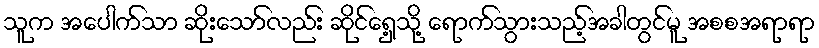
သူက အပေါက်သာ ဆိုးသော်လည်း ဆိုင်ရှေ့သို့ ရောက်သွားသည့်အခါတွင်မူ အစစအရာရာ